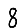
Digit: 8